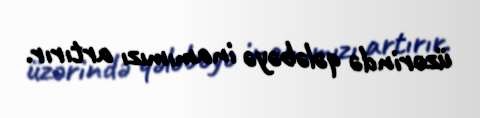
üzərində qələbəyə inamımızı artırır.